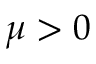
\mu > 0